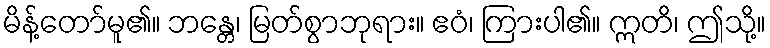
မိန့်တော်မူ၏။ ဘန္တေ၊ မြတ်စွာဘုရား။ ဧဝံ၊ ကြားပါ၏။ ဣတိ၊ ဤသို့။